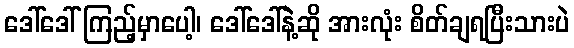
ဒေါ်ဒေါ် ကြည့်မှာပေါ့၊ ဒေါ်ဒေါ်နဲ့ဆို အားလုံး စိတ်ချရပြီးသားပဲ